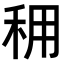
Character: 𥞖